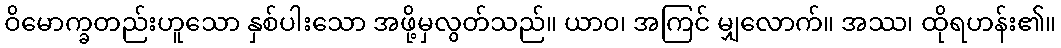
ဝိမောက္ခတည်းဟူသော နှစ်ပါးသော အဖို့မှလွတ်သည်။ ယာဝ၊ အကြင် မျှလောက်။ အဿ၊ ထိုရဟန်း၏။